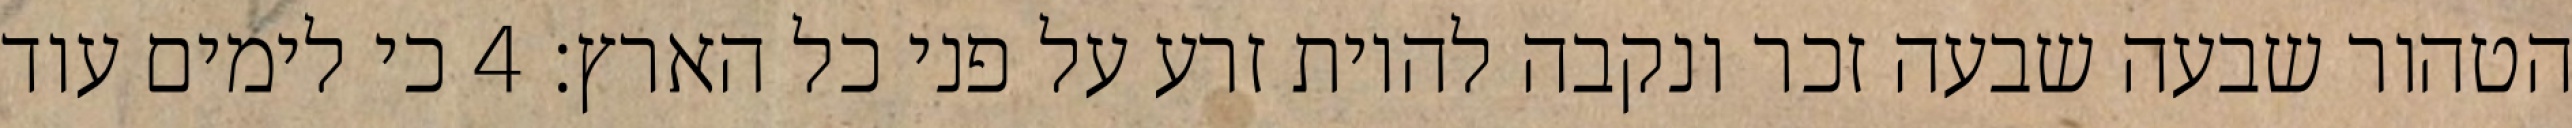
הטהור שבעה שבעה זכר ונקבה להיות זרע על פני כל הארץ׃ ‎4‏ כי לימים עוד